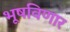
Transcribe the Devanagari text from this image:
भूषविणार